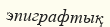
эпиграфтық